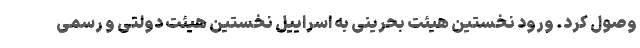
وصول کرد. ورود نخستین هیئت بحرینی به اسراییل نخستین هیئت دولتی و رسمی